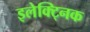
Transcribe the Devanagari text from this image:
इलेक्ट्निक